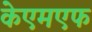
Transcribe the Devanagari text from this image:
केएमएफ